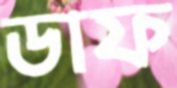
ডাফ